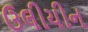
ઉલીયીન